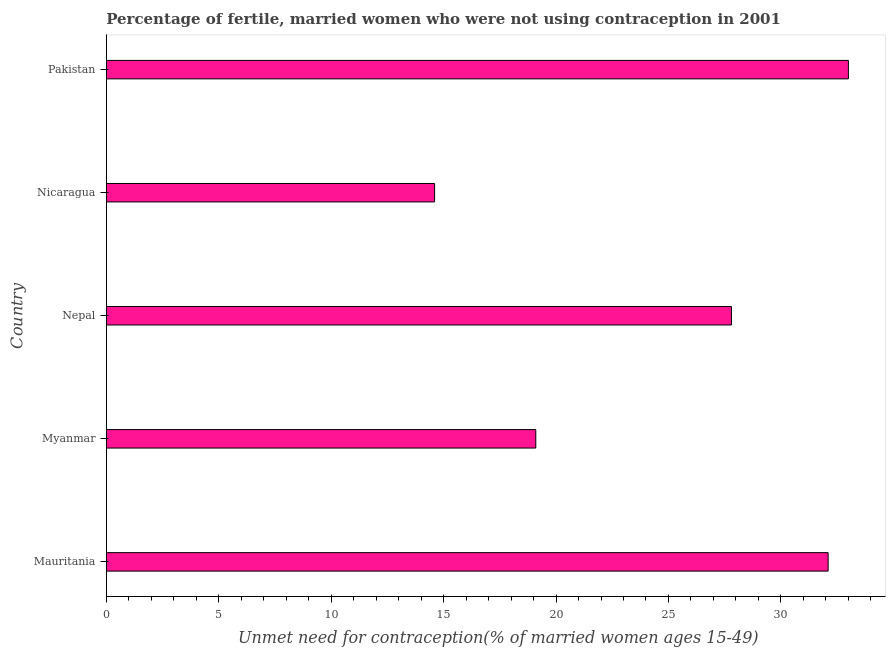
| Country | Unmet need for contraception |
 | --- | --- |
 | Mauritania | 32.1 |
 | Myanmar | 19.1 |
 | Nepal | 27.8 |
 | Nicaragua | 14.6 |
 | Pakistan | 33 |